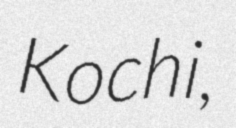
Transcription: Kochi,